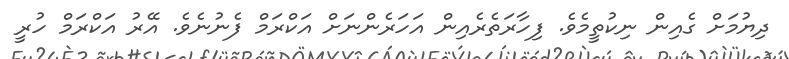
ދިޔުމަށް ގެއިން ނިކުތީމެވެ. ފިހާރަތެރެއިން އަހަރެންނަށް އަކްރަމް ފެނުނެވެ. އޭރު އަކްރަމް ހުރީ